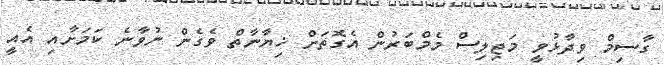
ގާސިމް ވިދާޅުވީ މަޖިލިސް މެމްބަރުން އެގޮތަށް ޚިޔާނާތް ވެގެން ނުވާނެ ކަމަށާއި އެއީ